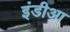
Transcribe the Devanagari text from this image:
इंडीआ